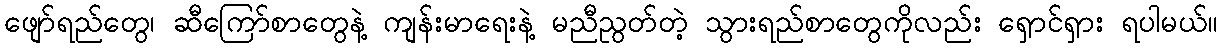
ဖျော်ရည်တွေ၊ ဆီကြော်စာတွေနဲ့ ကျန်းမာရေးနဲ့ မညီညွတ်တဲ့ သွားရည်စာတွေကိုလည်း ရှောင်ရှား ရပါမယ်။